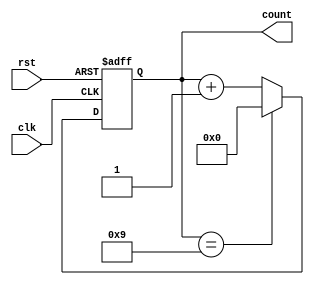
module ModulusCounter (
    input wire clk,
    input wire rst,
    output reg [3:0] count
);

parameter MAX_VALUE = 9;
parameter MODULUS = 5;
parameter START_VALUE = 0;

always @ (posedge clk or posedge rst)
begin
    if (rst)
        count <= START_VALUE;
    else if (count == MAX_VALUE)
        count <= START_VALUE;
    else
        count <= count + 1;
end

endmodule